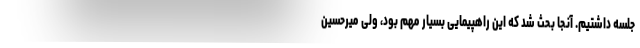
جلسه داشتیم. آنجا بحث شد که این راهپیمایی بسیار مهم بود، ولی میرحسین